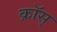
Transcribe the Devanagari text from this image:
क्रॉस्